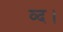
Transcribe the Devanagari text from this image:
व्द।